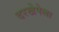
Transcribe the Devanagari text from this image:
दरखेपेला